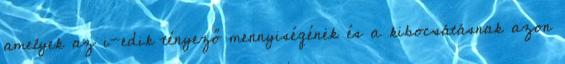
amelyek az i-edik tényező mennyiségének és a kibocsátásnak azon